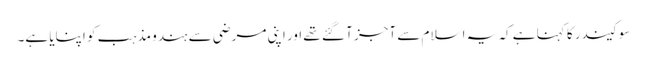
سوکیندر کا کہنا ہے کہ یہ اسلام سے آجز آ گئے تھے اور اپنی مرضی سے ہندو مذہب کو اپنایا ہے۔